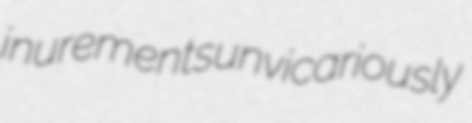
inurements unvicariously